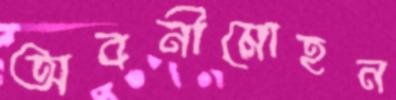
অবনীমোহন